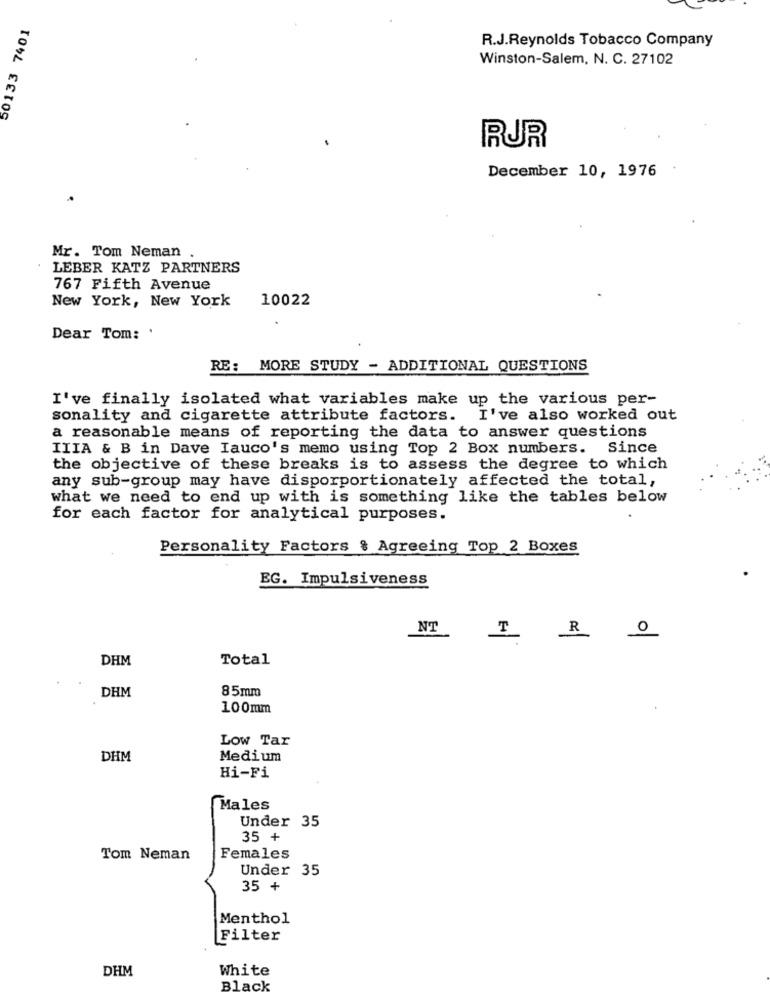
50133 7401
R.J.Reynolds Tobacco Company
Winston-Salem, N. C. 27102
RUR
December 10, 1976
Mr. Tom Neman .
LEBER KATZ PARTNERS
767 Fifth Avenue
10022
New York, New York
Dear Tom:
RE: MORE STUDY - ADDITIONAL QUESTIONS
I've finally isolated what variables make up the various per-
sonality and cigarette attribute factors. I've also worked out
a reasonable means of reporting the data to answer questions
IIIA & B in Dave Iauco's memo using Top 2 Box numbers. Since
the objective of these breaks is to assess the degree to which
any sub-group may have disporportionately affected the total,
what we need to end up with is something like the tables below
for each factor for analytical purposes.
Personality Factors & Agreeing Top 2 Boxes
EG. Impulsiveness
NT
R
I
0
DHM
Total
DHM
85mm
100mm
Low Tar
DHM
Medium
Hi-Fi
Males
Under 35
35 +
Tom Neman
Females
Under 35
35 +
Menthol
Filter
DHM
White
Black